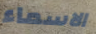
الاسماء